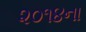
૨૦૧૪ના